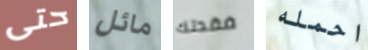
حتى مائل فقدتك احمله